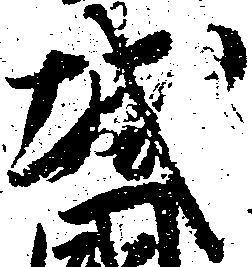
城